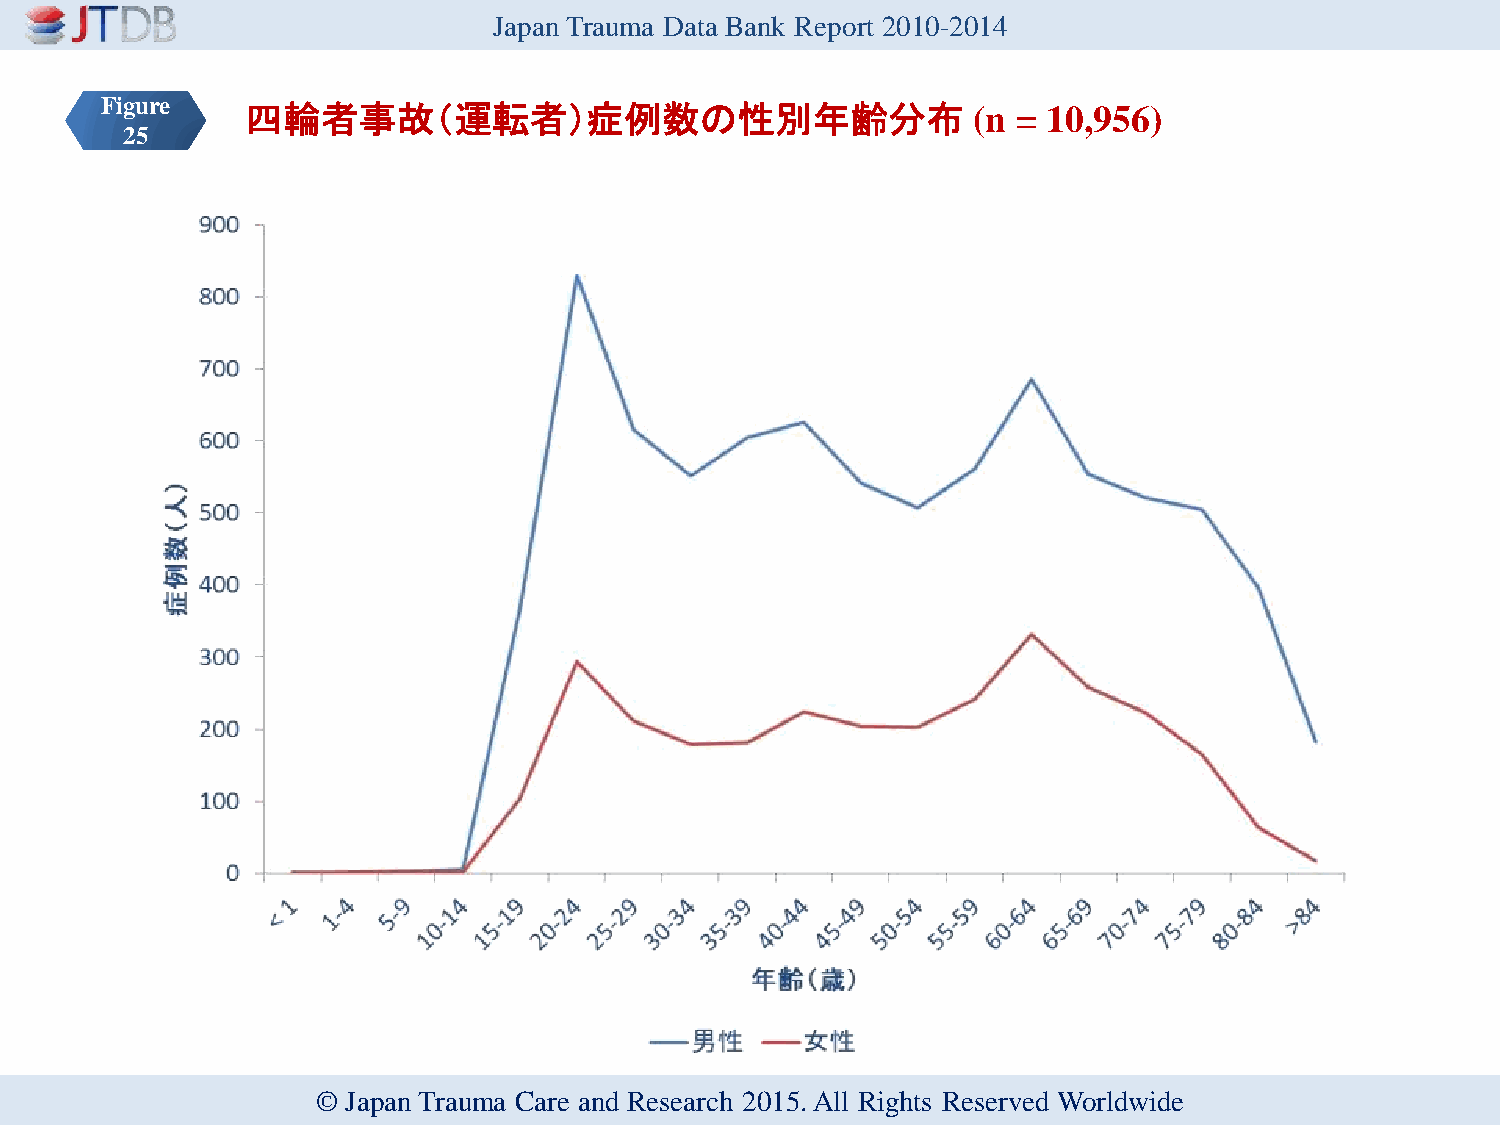
Japan Trauma Data Bank Report 2010-2014
 Figure   四輪者事故（運転者）症例数の性別年齢分布                            (n = 10,956)
 25
 © Japan Trauma Care and Research 2015. All Rights Reserved Worldwide